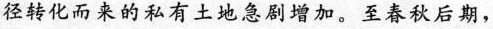
径转化而来的私有土地急剧增加。至春秋后期，